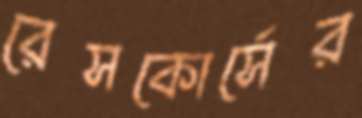
রেসকোর্সের